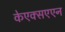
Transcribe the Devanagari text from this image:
केएक्सएएन